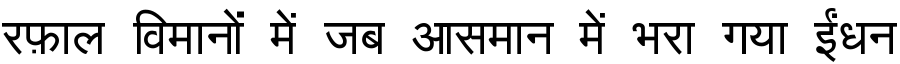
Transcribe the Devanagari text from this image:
रफ़ाल विमानों में जब आसमान में भरा गया ईंधन